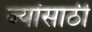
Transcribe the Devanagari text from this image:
ज्यांसाठी